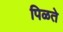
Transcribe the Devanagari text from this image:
पिळते